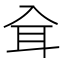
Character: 𦔵